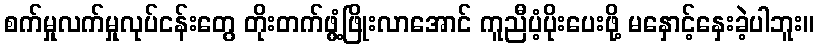
စက်မှုလက်မှုလုပ်ငန်းတွေ တိုးတက်ဖွံ့ဖြိုးလာအောင် ကူညီပံ့ပိုးပေးဖို့ မနှောင့်နှေးခဲ့ပါဘူး။